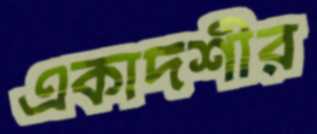
একাদশীর